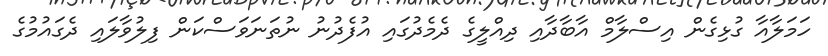
ހަމަލާއާ ގުޅިގެން އިސްލާމް އާބާދާއި ދިއްލީގެ ދެމެދުގައި އުފެދުނު ނުތަނަވަސްކަން ފިލުވާލައި ދެގައުމުގެ